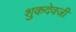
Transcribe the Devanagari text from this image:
शुकदेवजी